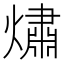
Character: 熽